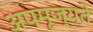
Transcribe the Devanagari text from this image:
अपमृज्यते